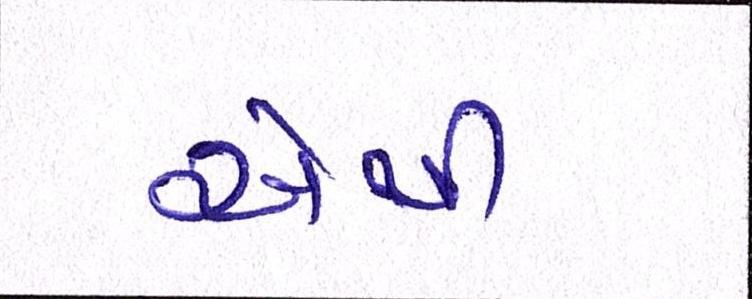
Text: એથી